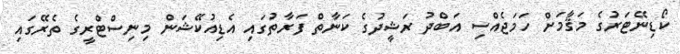
ކޯޑިނޭޓަރުގެ މަޤާމަށް ހަމަޖެއްސި އަބްދު ރަޝީދުގެ ކަނާތް ފަރާތުގައި އެޑިއުކޭޝަން މިނިސްޓްރީގެ ތެރޭގައި